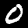
Digit: 0